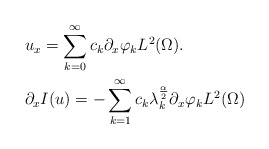
\begin{align*} & u_x = \sum_{k = 0}^\infty c_k \partial_x\varphi_k L^2(\Omega). \\ & \partial_x I(u) = -\sum_{k = 1}^\infty c_k \lambda_k^\frac{\alpha}{2} \partial_x\varphi_k L^2(\Omega)\end{align*}